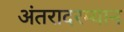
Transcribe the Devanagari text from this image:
अंतरादरम्यान